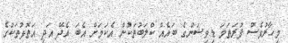
މިހާރުވެސް ފުރަތަމަ ޑިވިޝަންގެ ބައެއް ކްލަބުތަކުން އެކަމަށް އެބަ އެދޭ އަދި އަތޮޅުތަކުގެ